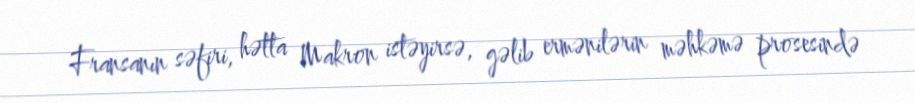
Fransanın səfiri, hətta Makron istəyirsə, gəlib ermənilərin məhkəmə prosesində